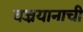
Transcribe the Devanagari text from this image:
वज्रयानाची